Eesti_Vabariigi_Tartu_Ulikool, lk 107
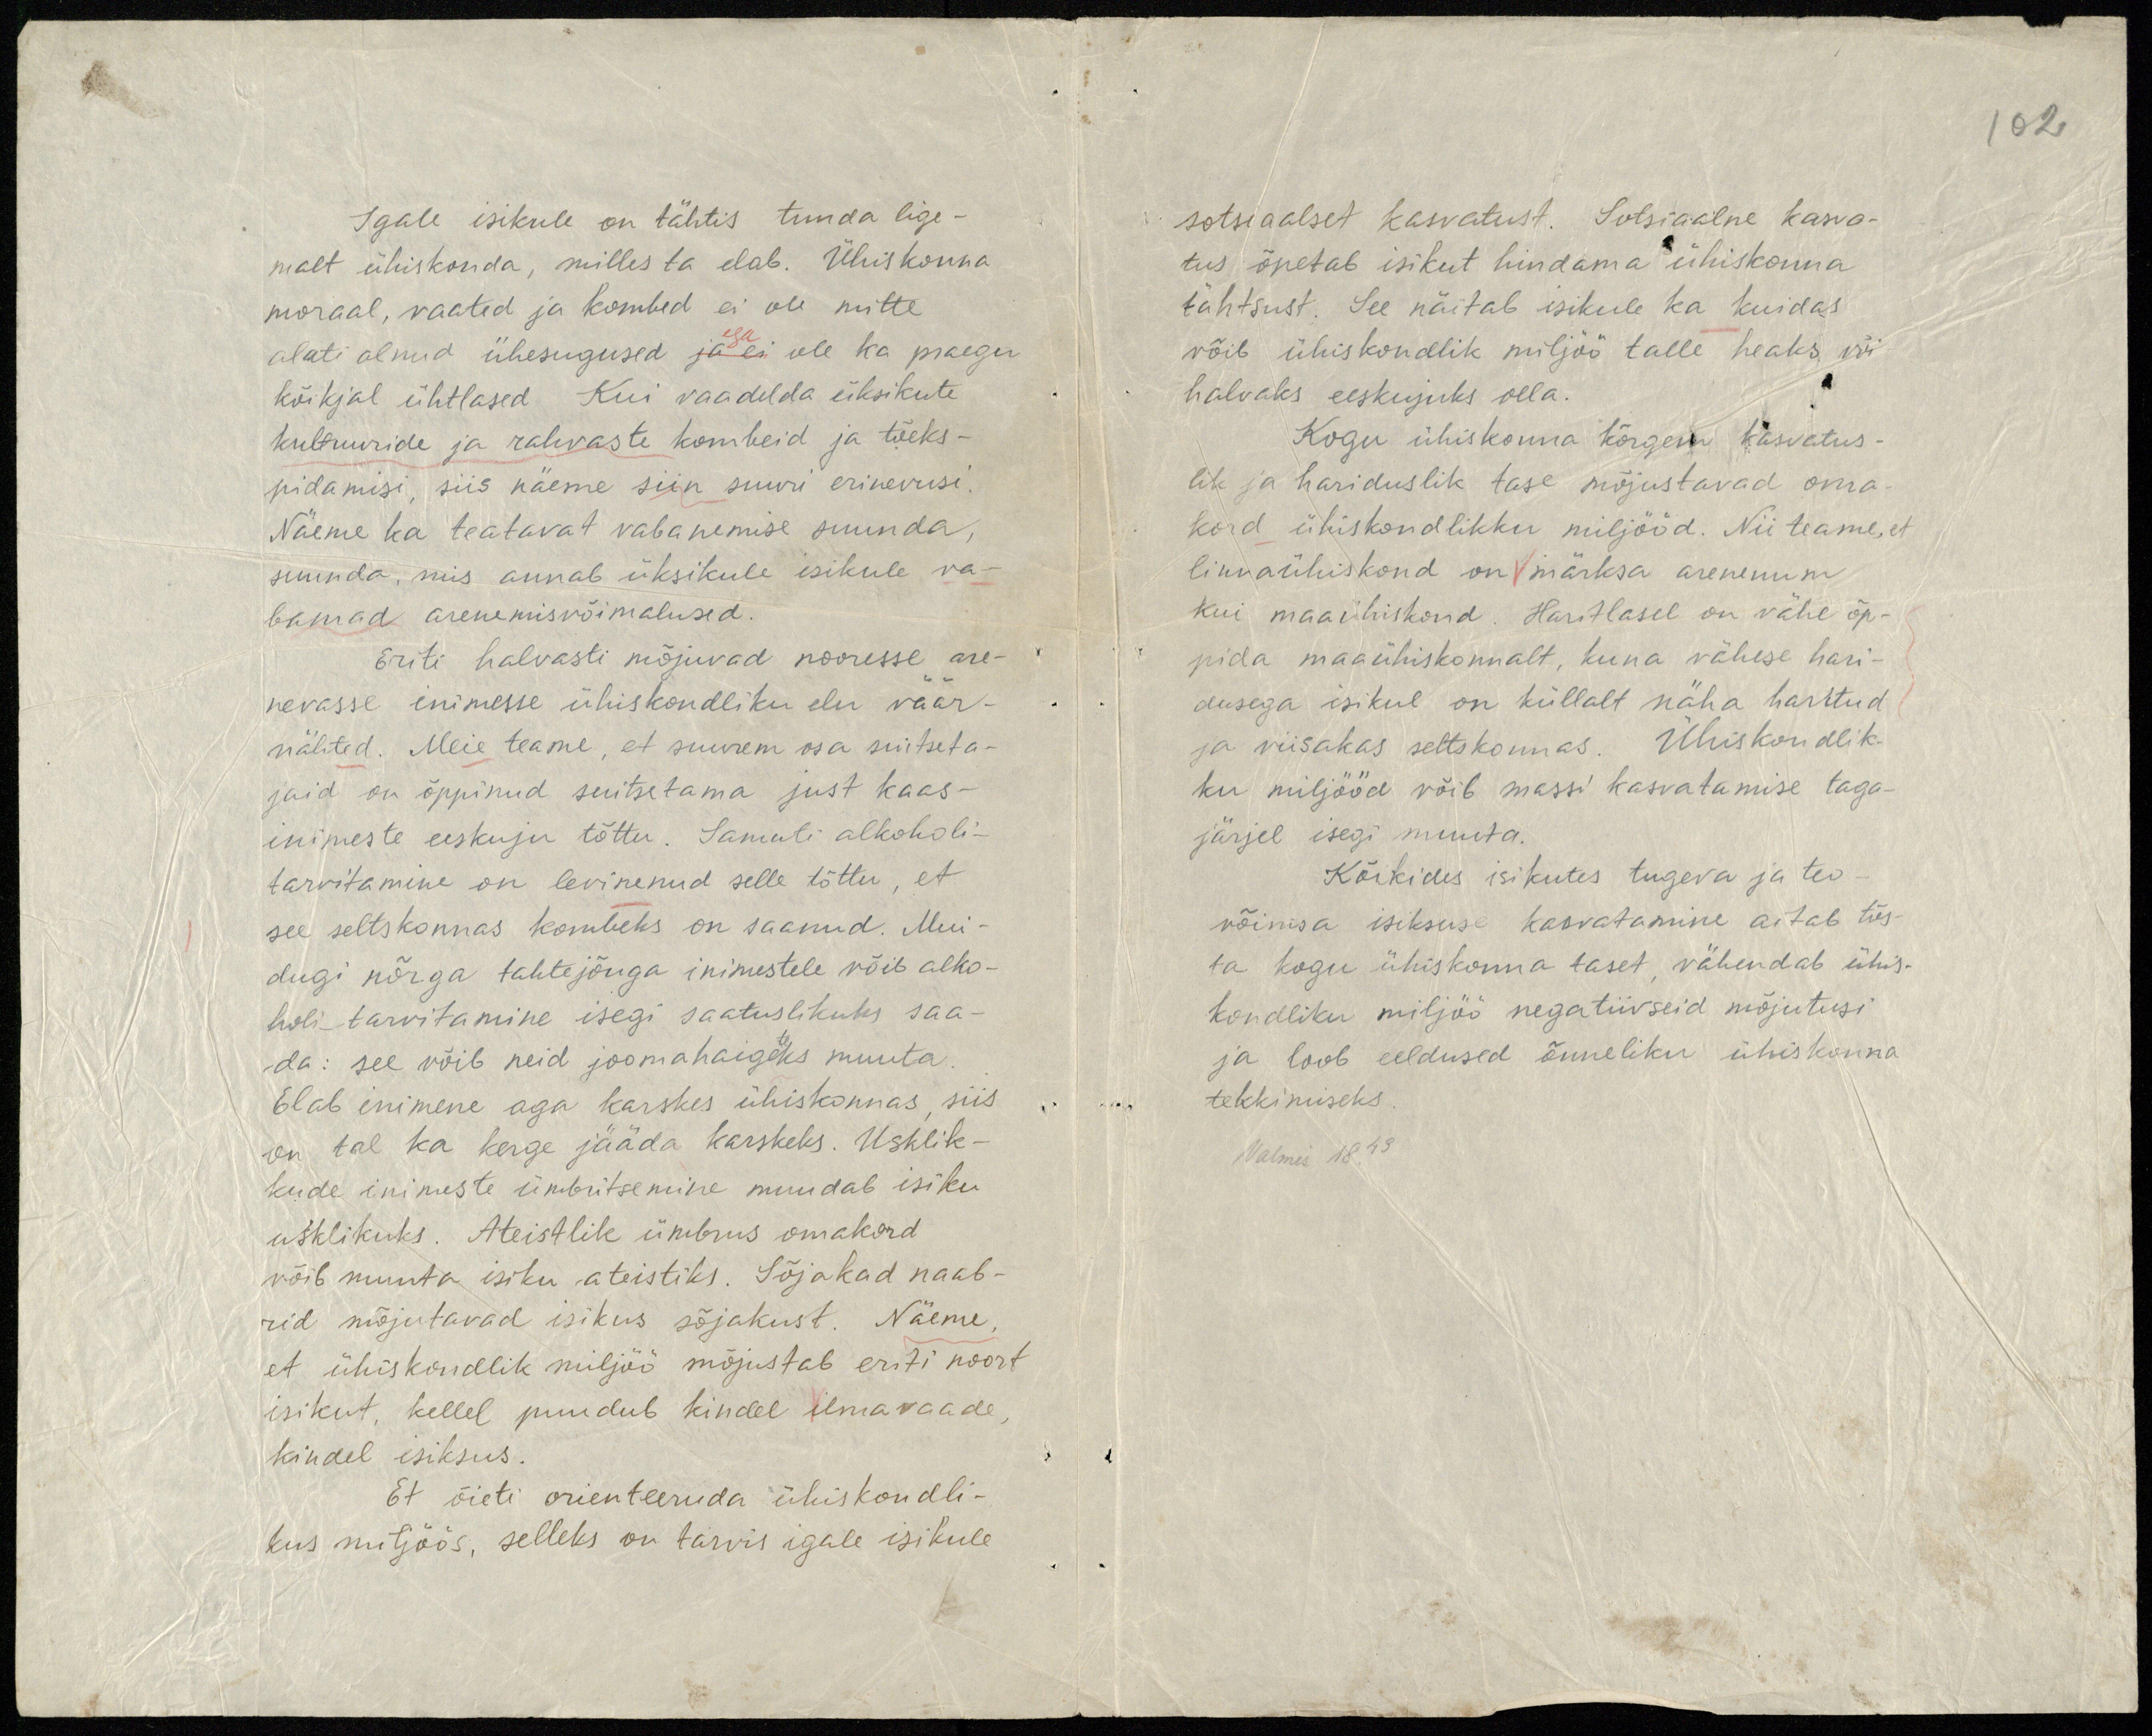
102

Igale isikule on tähtis tunda lige-
malt ühiskonda, milles ta elab. Ühiskonna
moraal, vaated ja kombed ei ole mitte
ega
alati olnud ühesugused ja ei ole ka praegu
kõikjal ühtlased Kui vaadelda üksikute
kultuuride ja rahvaste kombeid ja tõeks-
pidamisi, siis näeme siin suuri erinevusi.
Näeme ka teatavat vabanemise suunda,
suunda, mis annab üksikule isikule va-
bamad arenemisvõimalused.
Eriti halvasti mõjuvad nooresse are-
nevasse inimesse ühiskondliku elu väär-
nähted. Meie teame, et suurem osa suitseta-
jaid on õppinud suitsetama just kaas-
inimeste eeskuju tõttu. Samuti alkoholi-
tarvitamine on levinenud selle tõttu, et
see seltskonnas kombeks on saanud. Mui-
dugi nõrga tahtejõuga inimestele võib alko-
holitarvitamine isegi saatuslikuks saa-
da: see võib neid joomahaigeteks muuta
Elab inimene aga karskes ühiskonnas siis
on tal ka kerge jääda karskeks. Usklik-
kude inimeste ümbritsemine muudab isiku
usklikuks. Ateistlik ümbrus omakord
võib muuta isiku ateistiks. Sõjakad naab-
rid mõjutavad isikus sõJakust. Näeme,
et ühiskondlik miljöö mõjustab eriti noort
isikut, kellel puudub kindel ilmavaade,
kindel isiksus.
Et õieti orienteeruda ühiskondli-
kus miljöös, selleks on tarvis igale isikule.

sotsiaalset kasvatust. Sotsiaalne kasva-
tus õpetab isikut hindama ühiskonna
tähtsust. See näitab isikule ka kuidas
võib ühiskondlik miljöö talle heaks või
halvaks eeskujuks olla.
Kogu ühiskonna kõrgem kasvatus-
lik ja hariduslik tase mõjustavad oma-
kord ühiskondlikku miljööd. Nii teame, et
linnaühiskond on märksa arenenum
kui maaühiskond. Haritlasel on vähe õp-
pida maaühiskonnalt, kuna vähese hari-
dusega isikul on küllalt näha haritud
ja viisakas seltskonnas. Ühiskondlik-
ku miljööd võib massi kasvatamise taga-
järjel isegi muuta.
Kõikides isikutes tugeva ja teo-
võimsa isiksuse kasvatamine aitab tõs-
ta kogu ühiskonna taset, vähendab ühis-
kondliku miljöö negatiivseid mõjutusi
ja loob eeldused õnneliku ühiskonna
tekkimiseks.
Valmis 18.43